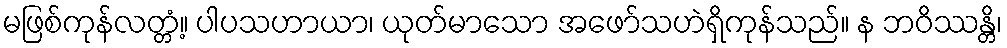
မဖြစ်ကုန်လတ္တံ့။ ပါပသဟာယာ၊ ယုတ်မာသော အဖော်သဟဲရှိကုန်သည်။ န ဘဝိဿန္တိ၊